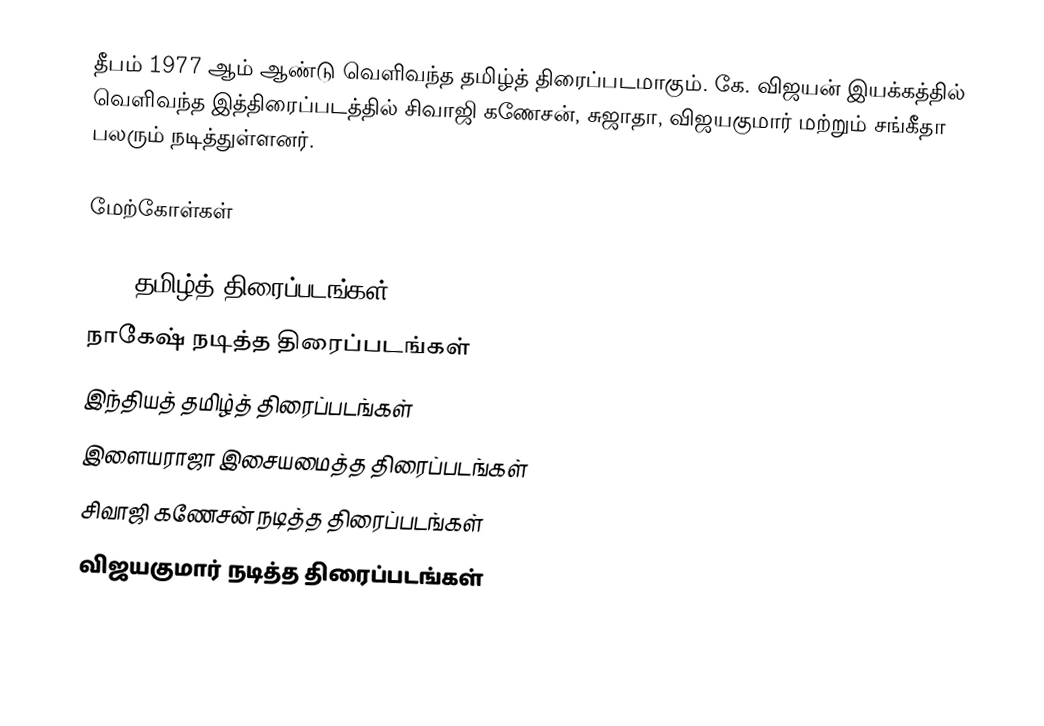
தீபம் 1977 ஆம் ஆண்டு வெளிவந்த தமிழ்த் திரைப்படமாகும். கே. விஜயன் இயக்கத்தில் வெளிவந்த இத்திரைப்படத்தில் சிவாஜி கணேசன், சுஜாதா, விஜயகுமார் மற்றும் சங்கீதா பலரும் நடித்துள்ளனர்.

மேற்கோள்கள்

1977 தமிழ்த் திரைப்படங்கள்
நாகேஷ் நடித்த திரைப்படங்கள்
இந்தியத் தமிழ்த் திரைப்படங்கள்
இளையராஜா இசையமைத்த திரைப்படங்கள்
சிவாஜி கணேசன் நடித்த திரைப்படங்கள்
விஜயகுமார் நடித்த திரைப்படங்கள்